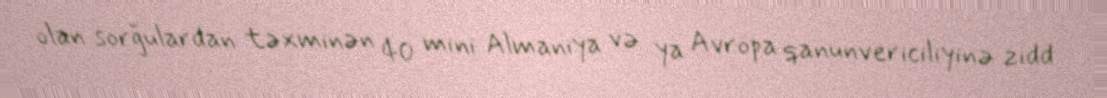
olan sorğulardan təxminən 40 mini Almaniya və ya Avropa qanunvericiliyinə zidd